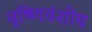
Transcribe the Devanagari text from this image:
वृष्णिवंशीय